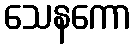
သေနကော